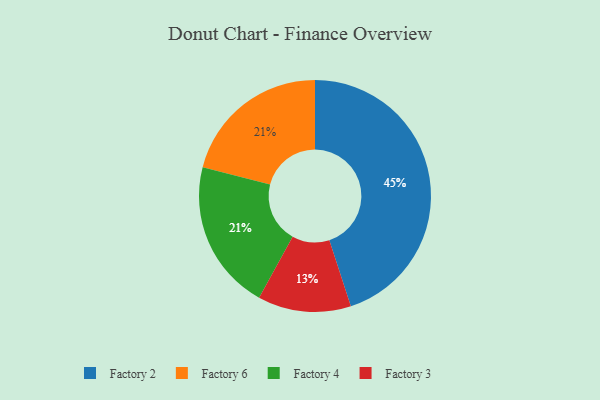
{"axis": {"x": "Category", "y": "Percentage"}, "legend": ["Factory 2", "Factory 3", "Factory 4", "Factory 6"], "data": [{"x": "Factory 2", "y": 45, "type": "Factory 2"}, {"x": "Factory 6", "y": 21, "type": "Factory 6"}, {"x": "Factory 3", "y": 13, "type": "Factory 3"}, {"x": "Factory 4", "y": 21, "type": "Factory 4"}]}